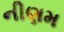
નીણમ